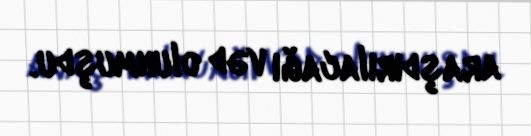
araşdırılacağı vəd olunmuşdu.